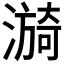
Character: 𬉀